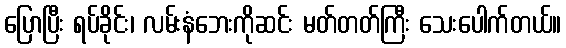
ပြောပြီး ရပ်ခိုင်း၊ လမ်းနံဘေးကိုဆင်း မတ်တတ်ကြီး သေးပေါက်တယ်။